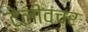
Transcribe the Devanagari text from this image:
टेलीवंचर